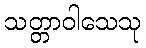
သတ္တာဝါသေသု